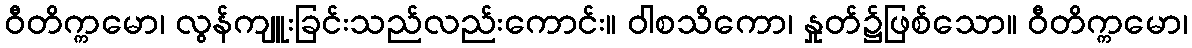
ဝီတိက္ကမော၊ လွန်ကျူးခြင်းသည်လည်းကောင်း။ ဝါစသိကော၊ နှုတ်၌ဖြစ်သော။ ဝီတိက္ကမော၊